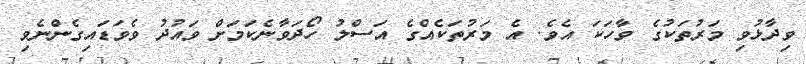
ވިދާޅުވި މަރުތަކުގެ ވާހަކަ އެވެ. އެ މަރުތަކެއްގެ އަސްލު ހޯދަވާނެކަމަށް ވައުދު ވެވަޑައިގެންނެވި